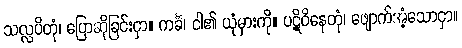
သလ္လပိတုံ၊ ပြောဆိုခြင်းငှာ။ ကင်္ခံ၊ ငါ၏ ယုံမှားကို။ ပဋိဝိနေတုံ၊ ဖျောက်အံ့သောငှာ။